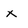
Character: x